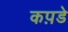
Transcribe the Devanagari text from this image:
कप़डे